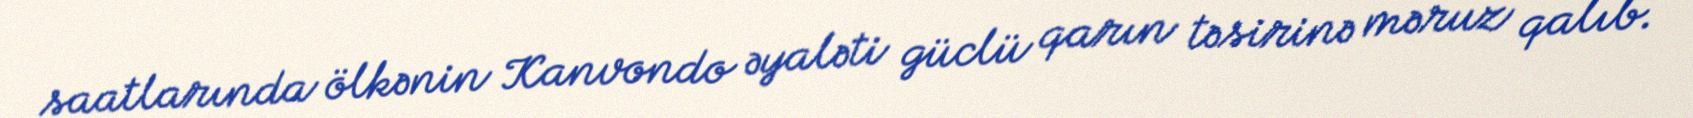
saatlarında ölkənin Kanvondo əyaləti güclü qarın təsirinə məruz qalıb.